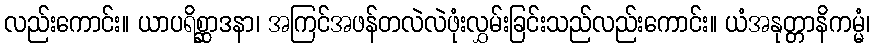
လည်းကောင်း။ ယာပရိစ္ဆာဒနာ၊ အကြင်အဖန်တလဲလဲဖုံးလွှမ်းခြင်းသည်လည်းကောင်း။ ယံအနုတ္တာနိကမ္မံ၊